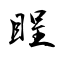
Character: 睈